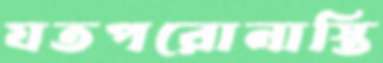
যতপরোনাস্তি